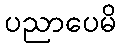
ပညာပေမိ